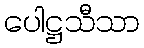
ပေါဋ္ဌသီသာ